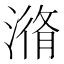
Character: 潃